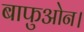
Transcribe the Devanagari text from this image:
बाफुओन।